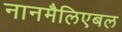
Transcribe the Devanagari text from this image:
नानमैलिएबल